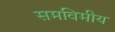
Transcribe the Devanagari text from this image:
समविमीय